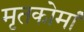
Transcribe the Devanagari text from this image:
मृतकोमां